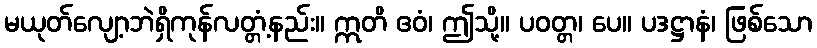
မယုတ်လျော့ဘဲရှိကုန်လတ္တံ့နည်း။ ဣတိ ဧဝံ၊ ဤသို့။ ပဝတ္တ၊ ပေ။ ပဒဋ္ဌာနံ၊ ဖြစ်သော